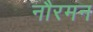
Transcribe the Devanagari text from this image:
नौरमन